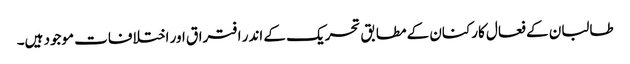
طالبان کے فعال کارکنان کے مطابق تحریک کے اندر افتراق اور اختلافات موجود ہیں۔